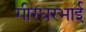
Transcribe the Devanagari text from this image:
गीरधरभाई